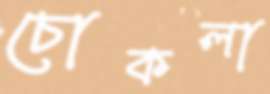
চোকলা